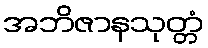
အဘိဇာနသုတ္တံ